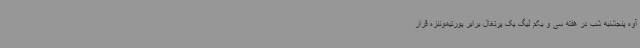
آوه پنجشنبه شب در هفته سی و یکم لیگ یک پرتغال برابر پورتیموننزه قرار